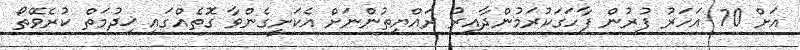
އަށް 70 އަހަރު ފުރުން ފާހަގަކުރަމުންދާއިރު ރައްޔިތުންނަށް އެކަށީގެންވާ ގޮތެއްގައި ޚިދުމަތް ކުރެވޭތޯ